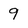
Character: 9